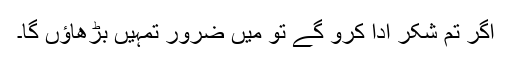
اگر تم شکر ادا کرو گے تو میں ضرور تمہیں بڑھاؤں گا۔